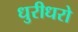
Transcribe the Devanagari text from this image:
धुरीधरो